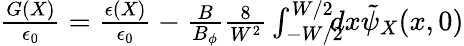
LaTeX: \begin{array}{r}{\frac{G(X)}{\epsilon_{0}}=\frac{\epsilon(X)}{\epsilon_{0}}-\frac{B}{B_{\phi}}\frac{8}{W^{2}}\int_{-W/2}^{W/2}\! \! \! \! dx\tilde{\psi}_{X}(x,0)}\end{array}